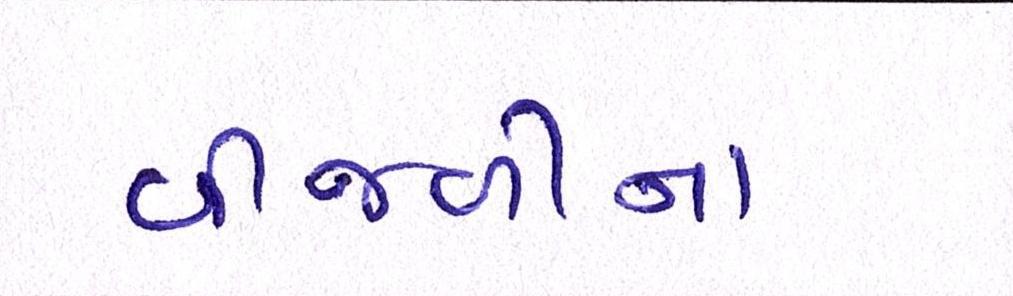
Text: વીજળીના